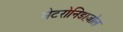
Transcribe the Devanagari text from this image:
मेटरोनिडाज़ोल